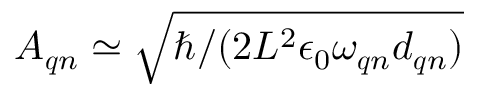
{ \cal A } _ { \boldsymbol { q } n } \simeq \sqrt { { \hbar } / ( { 2 L ^ { 2 } \epsilon _ { 0 } \omega _ { \boldsymbol { q } n } d _ { \boldsymbol { q } n } } ) }